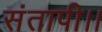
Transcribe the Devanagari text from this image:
संतापी।।